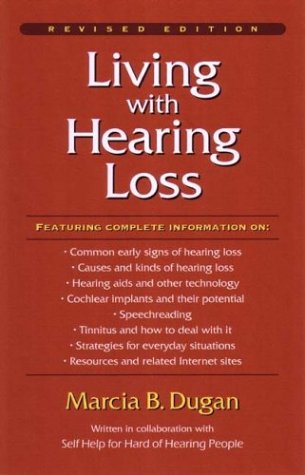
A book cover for Living with Hearing Loss; Marcia B. Dugan; Health, Fitness & Dieting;